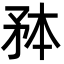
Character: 𭿸